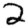
Digit: 2